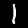
Digit: 1